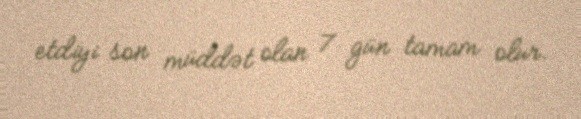
etdiyi son müddət olan 7 gün tamam olur.